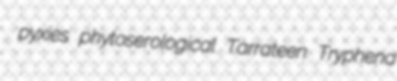
pyxies phytoserological Tarrateen Tryphena